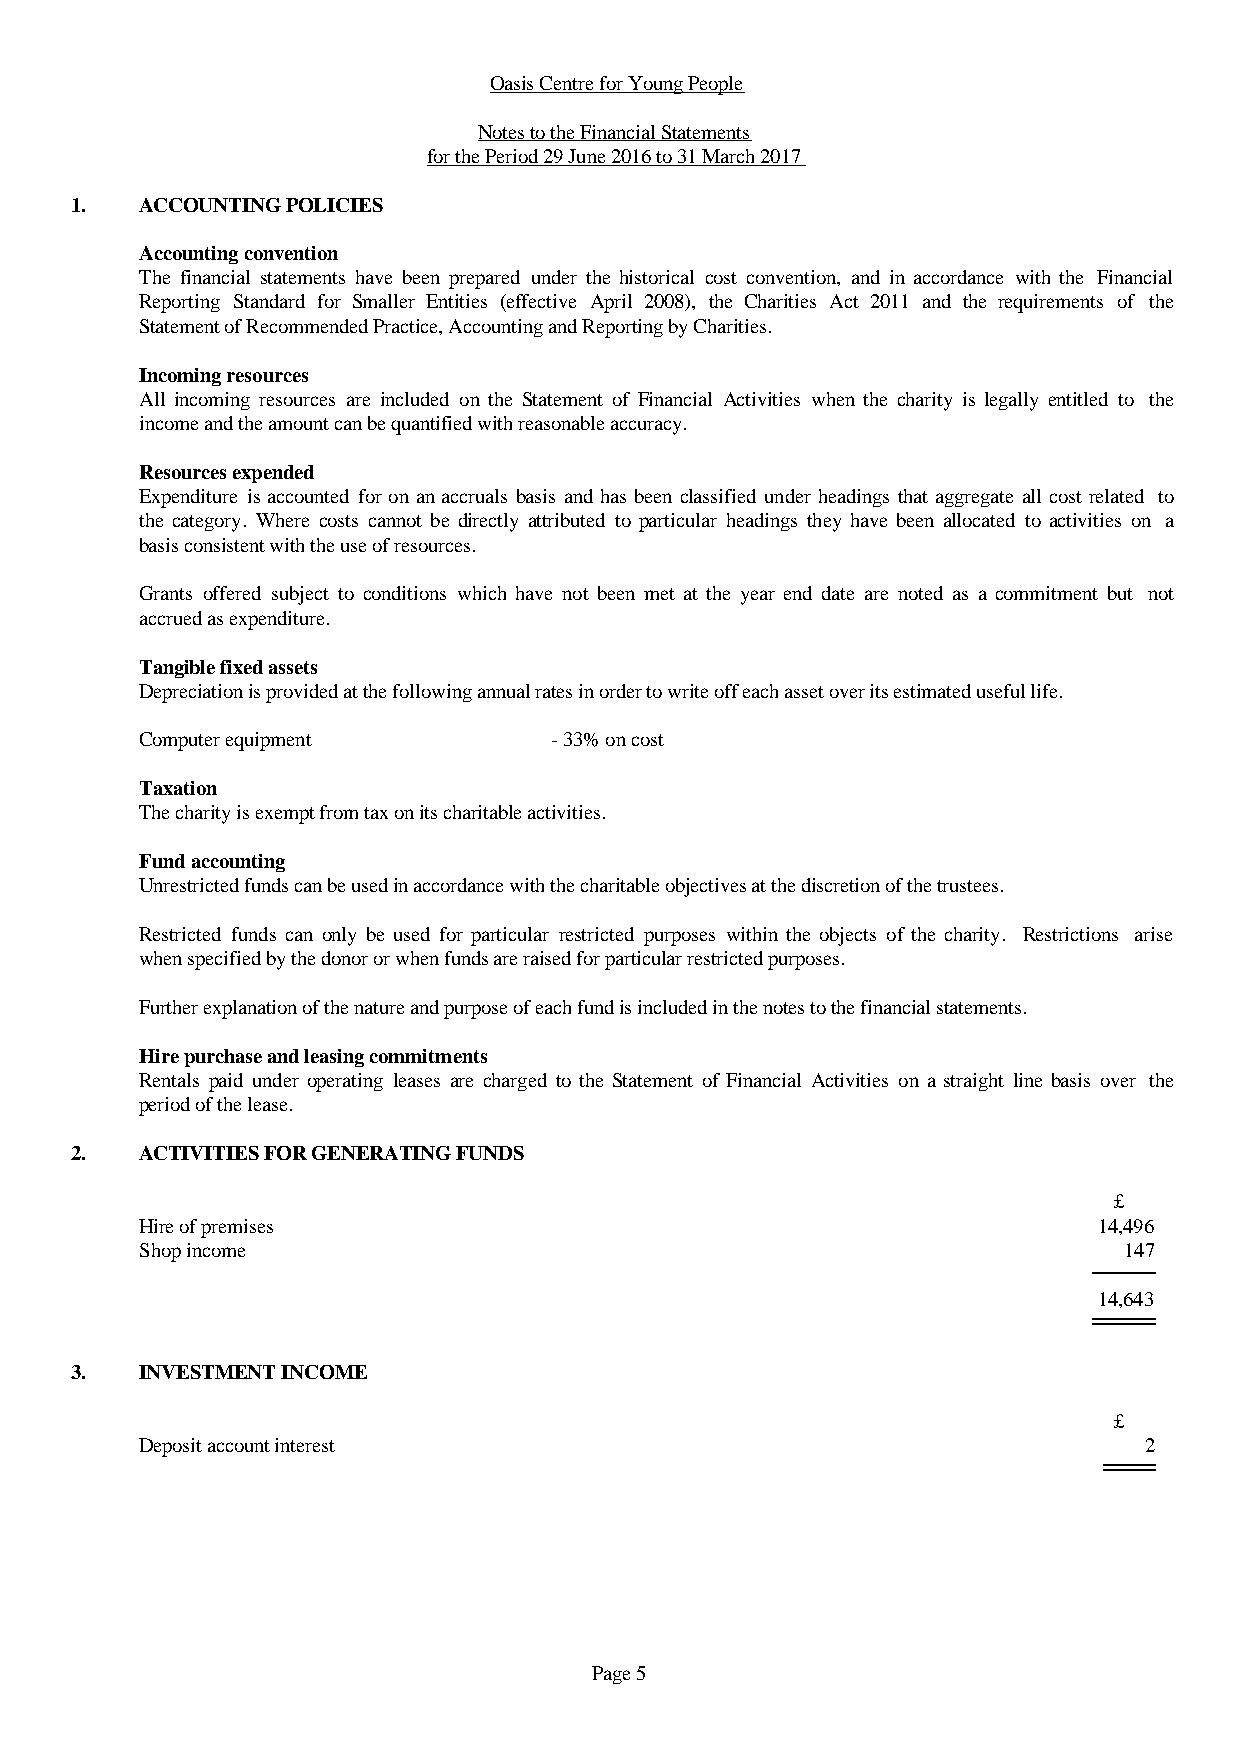
Oasis Centre for Young People
 Notes to the Financial Statements
 for the Period 29 June 2016 to 31 March 2017
 1.  ACCOUNTING POLICIES
 Accounting convention
 The financial statements have been prepared under the historical cost convention, and in accordance with the Financial
 Reporting Standard for Smaller Entities (effective April 2008), the Charities Act 2011 and the requirements of the
 Statement of Recommended Practice, Accounting and Reporting by Charities.
 Incoming resources
 All incoming resources are included on the Statement of Financial Activities when the charity is legally entitled to the
 income and the amount can be quantified with reasonable accuracy.
 Resources expended
 Expenditure is accounted for on an accruals basis and hasbeen classified under headingsthataggregateall cost related to
 the category. Where costs cannot be directly attributed to particular headings they have been allocated to activities on a
 basis consistent with the use of resources.
 Grants offered subject to conditions which have not been met at the year end date are noted as a commitment but not
 accrued as expenditure.
 Tangible fixed assets
 Depreciation is provided at the following annual rates in order to write off each asset over its estimated useful life.
 Computer equipment         - 33% on cost
 Taxation
 The charity is exempt from tax on its charitable activities.
 Fund accounting
 Unrestricted funds can be used in accordance with the charitable objectives at the discretion of the trustees.
 Restricted funds can only be used for particular restricted purposes within the objects of the charity. Restrictions arise
 when specified by the donor or when funds are raised for particular restricted purposes.
 Further explanation of the nature and purpose of each fund is included in the notes to the financial statements.
 Hire purchase and leasing commitments
 Rentals paid under operating leases are charged to the Statement of Financial Activities on a straight line basis over the
 period of the lease.
 2.  ACTIVITIES FOR GENERATING FUNDS
 £
 Hire of premises                                                14,496
 Shop income                                                      147
 14,643
 3.  INVESTMENT INCOME
 £
 Deposit account interest                                           2
 Page 5